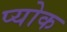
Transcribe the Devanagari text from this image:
प्योक